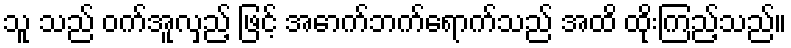
သူ သည် ဝက်အူလှည့် ဖြင့် အောက်ဘက်ရောက်သည် အထိ ထိုးကြည့်သည်။